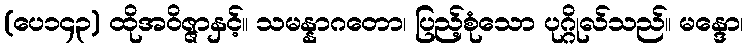
(ပေ၁၄၃) ထိုအဝိဇ္ဇာနှင့်။ သမန္နာဂတော၊ ပြည့်စုံသော ပုဂ္ဂိုလ်သည်။ မန္ဒော၊